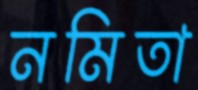
নমিতা